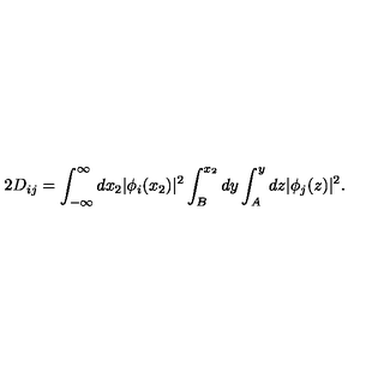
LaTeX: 2 D _ { i j } = \int _ { - \infty } ^ { \infty } d x _ { 2 } | \phi _ { i } ( x _ { 2 } ) | ^ { 2 } \int _ { B } ^ { x _ { 2 } } d y \int _ { A } ^ { y } d z | \phi _ { j } ( z ) | ^ { 2 } .